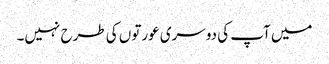
میں آپ کی دوسری عورتوں کی طرح نہیں۔